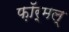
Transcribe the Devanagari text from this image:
फ़ॉर्मल्